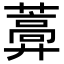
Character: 𦿣